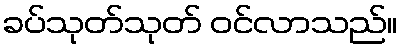
ခပ်သုတ်သုတ် ဝင်လာသည်။